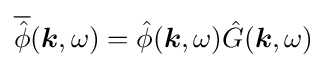
{\overline {\hat {\phi }}}({\boldsymbol {k}},\omega )={\hat {\phi }}({\boldsymbol {k}},\omega ){\hat {G}}({\boldsymbol {k}},\omega )